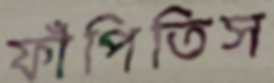
ফাঁপিতিস